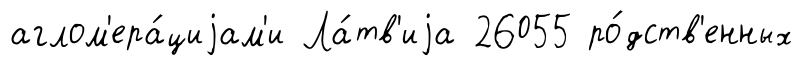
аглом'ера́циjам'и Ла́тв'иjа 26055 ро́дств'енных